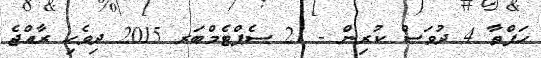
ހަފްތާ 4 ދުވަސް ކުރިން - 21 ސެޕްޓެމްބަރ 2015 ދިވެހި ރާއްޖެ